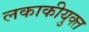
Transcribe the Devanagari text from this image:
लकाकीयुक्त